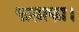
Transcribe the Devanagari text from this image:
फलाका।